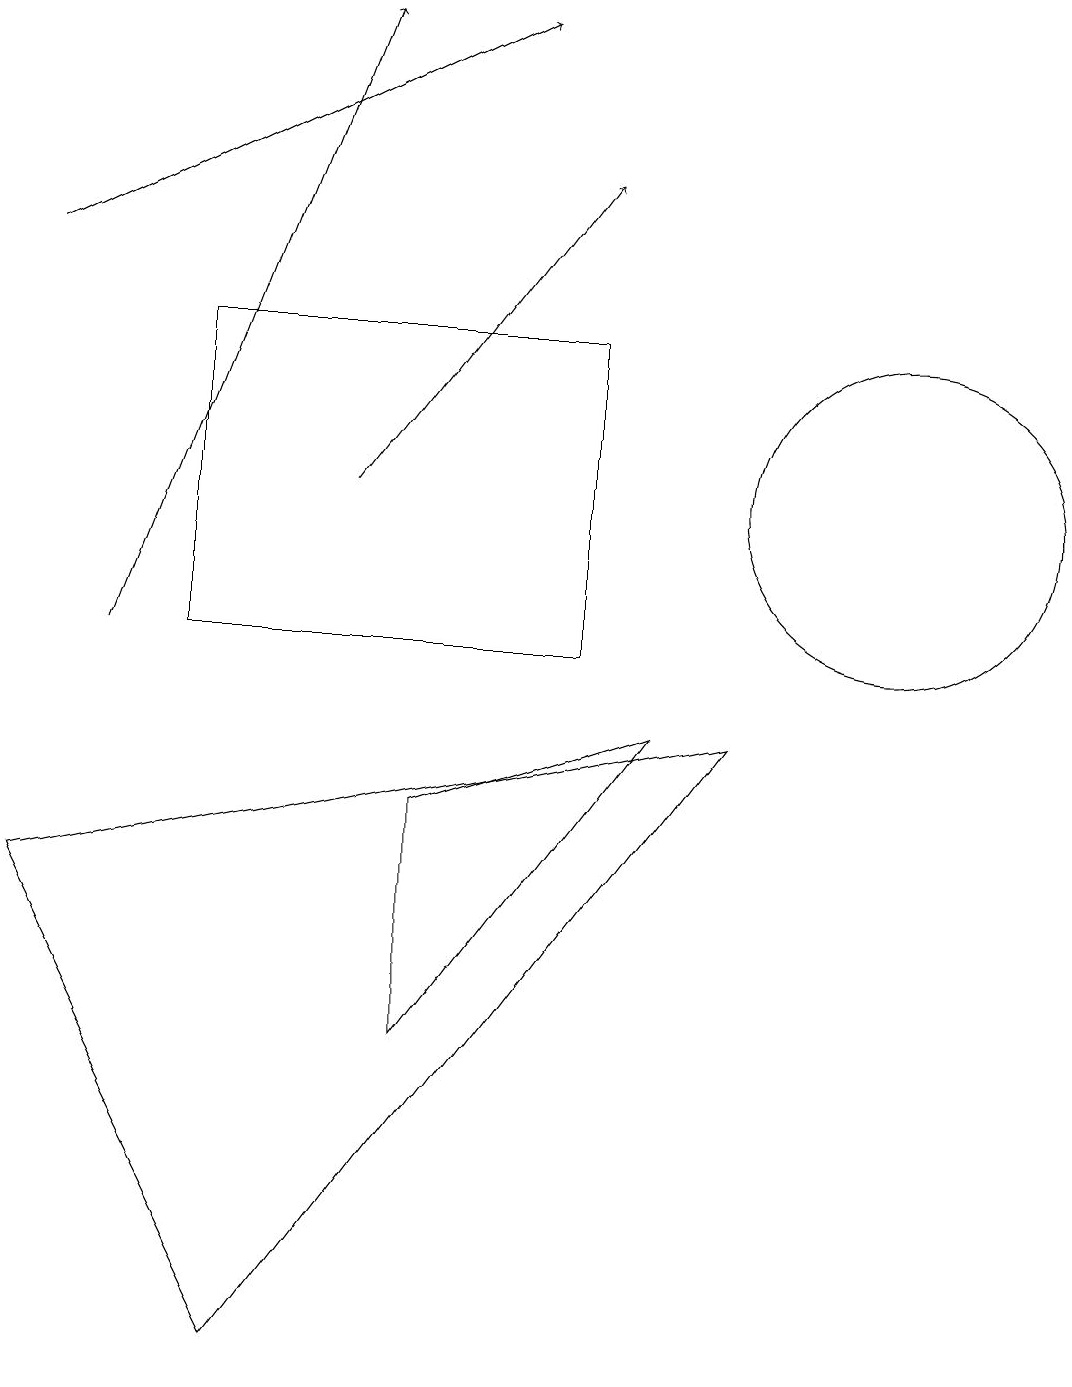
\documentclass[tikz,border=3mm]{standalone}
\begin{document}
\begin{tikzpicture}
\draw[->] (4,12) -- (7,16);
\draw (3,1) -- (9,9) -- (0,7) -- cycle;
\draw (7,14) rectangle (2,10);
\draw[->] (0,15) -- (6,18);
\draw (5,8) -- (5,5) -- (8,9) -- cycle;
\draw[->] (1,10) -- (4,18);
\draw (11,12) circle (2);
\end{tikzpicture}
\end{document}